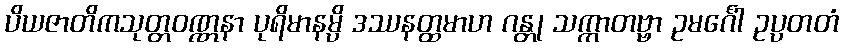
ပိယဇာတိကသုတ္တဝဏ္ဏနာ ပုရိမာနမ္ပိ ဒဿနတ္ထမာဟ ဂန္တု သက္ကာတဗ္ဗာ ဥမင်္ဂေါ ဥပ္ပတတံ